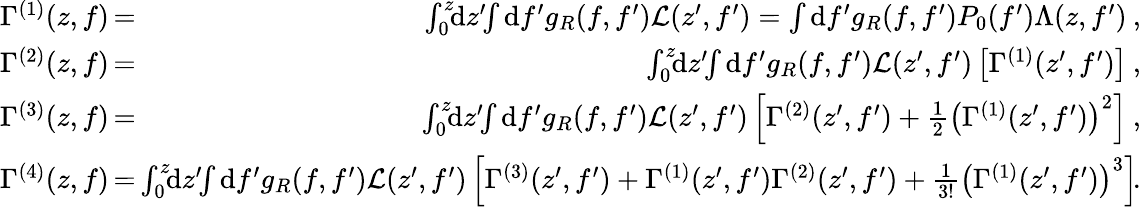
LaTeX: \begin{array}{rlr}{\Gamma^{(1)}(z,f)\! \! \! \! \! }&{=}&{\! \! \! \! \! \int_{0}^{z}\! \! \mathrm{d}z^{\prime}\! \! \int\mathrm{d}f^{\prime}g_{R}(f,f^{\prime})\mathcal{L}(z^{\prime},f^{\prime})=\int\mathrm{d}f^{\prime}g_{R}(f,f^{\prime})P_{0}(f^{\prime})\Lambda(z,f^{\prime})\: ,}\\ {\Gamma^{(2)}(z,f)\! \! \! \! \! }&{=}&{\! \! \! \! \! \int_{0}^{z}\! \! \mathrm{d}z^{\prime}\! \! \int\mathrm{d}f^{\prime}g_{R}(f,f^{\prime})\mathcal{L}(z^{\prime},f^{\prime})\left[\Gamma^{(1)}(z^{\prime},f^{\prime})\right]\: ,}\\ {\Gamma^{(3)}(z,f)\! \! \! \! \! }&{=}&{\! \! \! \! \! \int_{0}^{z}\! \! \mathrm{d}z^{\prime}\! \! \int\mathrm{d}f^{\prime}g_{R}(f,f^{\prime})\mathcal{L}(z^{\prime},f^{\prime})\left[\Gamma^{(2)}(z^{\prime},f^{\prime})+\frac{1}{2}\left(\Gamma^{(1)}(z^{\prime},f^{\prime})\right)^{2}\right]\: ,}\\ {\Gamma^{(4)}(z,f)\! \! \! \! \! }&{=}&{\! \! \! \! \! \int_{0}^{z}\! \! \mathrm{d}z^{\prime}\! \! \int\mathrm{d}f^{\prime}g_{R}(f,f^{\prime})\mathcal{L}(z^{\prime},f^{\prime})\left[\Gamma^{(3)}(z^{\prime},f^{\prime})+\Gamma^{(1)}(z^{\prime},f^{\prime})\Gamma^{(2)}(z^{\prime},f^{\prime})+\frac{1}{3!}\left(\Gamma^{(1)}(z^{\prime},f^{\prime})\right)^{3}\right]\! .}\end{array}